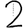
Digit: 2